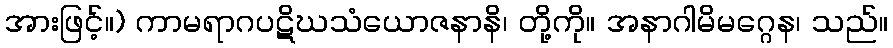
အားဖြင့်။) ကာမရာဂပဋိဃသံယောဇနာနိ၊ တို့ကို။ အနာဂါမိမဂ္ဂေန၊ သည်။